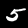
Label: 5